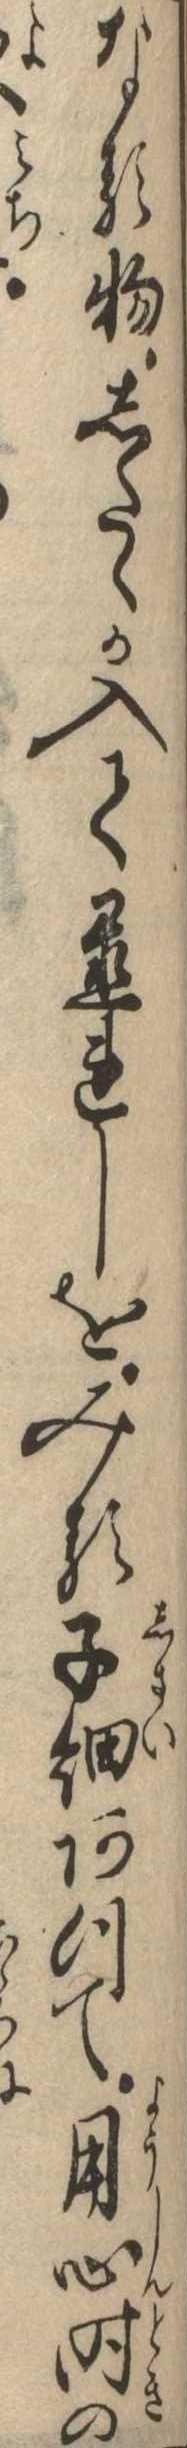
なる物したゝか入て置れしをみる子細あつて用心時の